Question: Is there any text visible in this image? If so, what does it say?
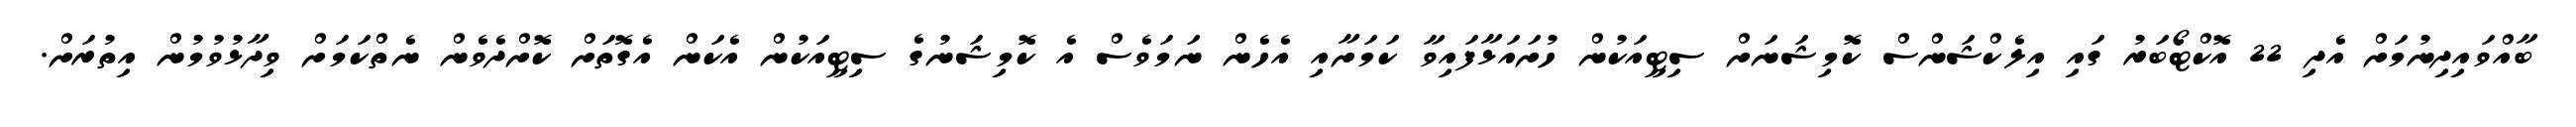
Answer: ބާއްވައިދިނުމަށް އެދި 22 އޮކްޓޯބަރު ގައި އިލެކްޝަންސް ކޮމިޝަނަށް ސިޓީއަކުން ހުށައަޅާފައިވާ ކަމަށާއި އެހެން ނަމަވެސް އެ ކޮމިޝަނުގެ ސިޓީއަކުން އެކަން އެގޮތަށް ކޮށްދެވެން ނެތްކަމަށް ވިދާޅުވުމުން އިތުރަށް.